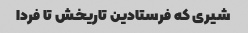
شیری که فرستادین تاریخش تا فردا